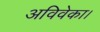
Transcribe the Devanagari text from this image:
अविवेका।